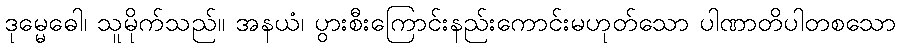
ဒုမ္မေဓေါ၊ သူမိုက်သည်။ အနယံ၊ ပွားစီးကြောင်းနည်းကောင်းမဟုတ်သော ပါဏာတိပါတစသော